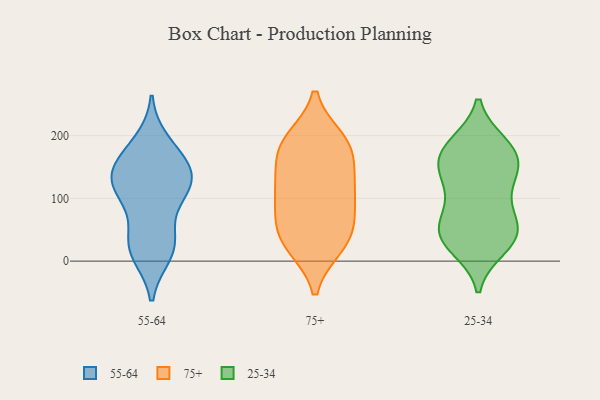
{"axis": {"x": "Latency (ms)", "y": "Value"}, "legend": ["25-34", "55-64", "75+"], "data": [{"x": "", "y": 116, "type": "55-64"}, {"x": "", "y": 103, "type": "55-64"}, {"x": "", "y": 119, "type": "55-64"}, {"x": "", "y": 144, "type": "55-64"}, {"x": "", "y": 21, "type": "55-64"}, {"x": "", "y": 188, "type": "55-64"}, {"x": "", "y": 119, "type": "55-64"}, {"x": "", "y": 162, "type": "55-64"}, {"x": "", "y": 31, "type": "55-64"}, {"x": "", "y": 32, "type": "55-64"}, {"x": "", "y": 163, "type": "55-64"}, {"x": "", "y": 13, "type": "55-64"}, {"x": "", "y": 133, "type": "55-64"}, {"x": "", "y": 180, "type": "75+"}, {"x": "", "y": 194, "type": "75+"}, {"x": "", "y": 95, "type": "75+"}, {"x": "", "y": 130, "type": "75+"}, {"x": "", "y": 55, "type": "75+"}, {"x": "", "y": 127, "type": "75+"}, {"x": "", "y": 170, "type": "75+"}, {"x": "", "y": 124, "type": "75+"}, {"x": "", "y": 23, "type": "75+"}, {"x": "", "y": 26, "type": "75+"}, {"x": "", "y": 184, "type": "75+"}, {"x": "", "y": 67, "type": "75+"}, {"x": "", "y": 194, "type": "75+"}, {"x": "", "y": 58, "type": "75+"}, {"x": "", "y": 24, "type": "75+"}, {"x": "", "y": 103, "type": "75+"}, {"x": "", "y": 152, "type": "25-34"}, {"x": "", "y": 46, "type": "25-34"}, {"x": "", "y": 135, "type": "25-34"}, {"x": "", "y": 135, "type": "25-34"}, {"x": "", "y": 44, "type": "25-34"}, {"x": "", "y": 51, "type": "25-34"}, {"x": "", "y": 86, "type": "25-34"}, {"x": "", "y": 32, "type": "25-34"}, {"x": "", "y": 58, "type": "25-34"}, {"x": "", "y": 22, "type": "25-34"}, {"x": "", "y": 184, "type": "25-34"}, {"x": "", "y": 158, "type": "25-34"}, {"x": "", "y": 87, "type": "25-34"}, {"x": "", "y": 133, "type": "25-34"}, {"x": "", "y": 30, "type": "25-34"}, {"x": "", "y": 181, "type": "25-34"}, {"x": "", "y": 174, "type": "25-34"}, {"x": "", "y": 186, "type": "25-34"}]}